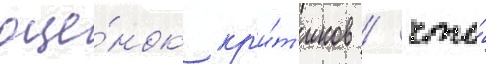
оце́нок кр'и́т'иков / что́